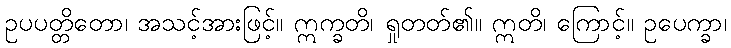
ဥပပတ္တိတော၊ အသင့်အားဖြင့်။ ဣက္ခတိ၊ ရှုတတ်၏။ ဣတိ၊ ကြောင့်။ ဥပေက္ခာ၊